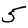
Digit: 5